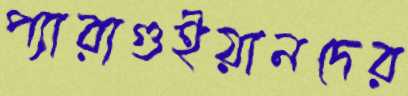
প্যারাগুইয়ানদের